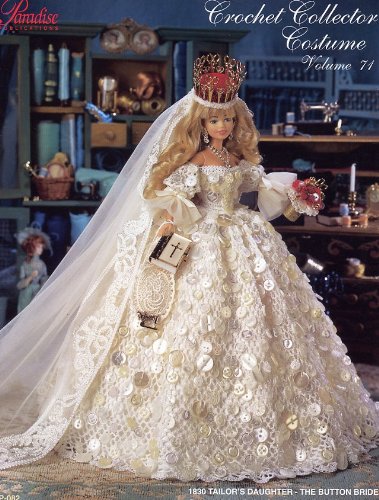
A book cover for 1830 Tailor's Daughter-the Button Bride (Crochet Collector Costume, 70); Sandra Peach; Crafts, Hobbies & Home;